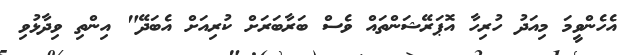
އެހެންވީމަ މިއަދު ހުރިހާ އޮޕަރޭޝަންތައް ވެސް ބަރާބަރަށް ކުރިއަށް އެބަދޭ" އިންތި ވިދާޅުވި